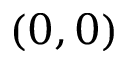
( 0 , 0 )